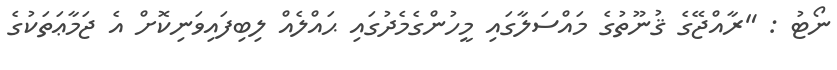
ނޯޓު : "ރާއްޖޭގެ ޤުނޫތުގެ މައްސަލާގައި މީހުންގެމެދުގައި ޙައްލެއް ލިބިފައިވަނިކޮށް އެ ޖަމާޢަތަކުގެ